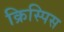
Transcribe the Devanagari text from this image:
क्रिस्पिस